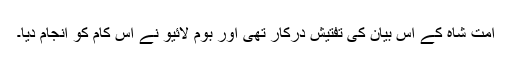
امت شاہ کے اس بیان کی تفتیش درکار تھی اور بوم لائیو نے اس کام کو انجام دیا۔